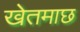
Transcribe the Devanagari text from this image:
खेतमाछ